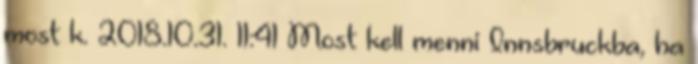
most k. 2018.10.31. 11:41 Most kell menni Innsbruckba, ha